Indian journal of veterinary science and animal husbandry - Volume 5,
Year: 1935
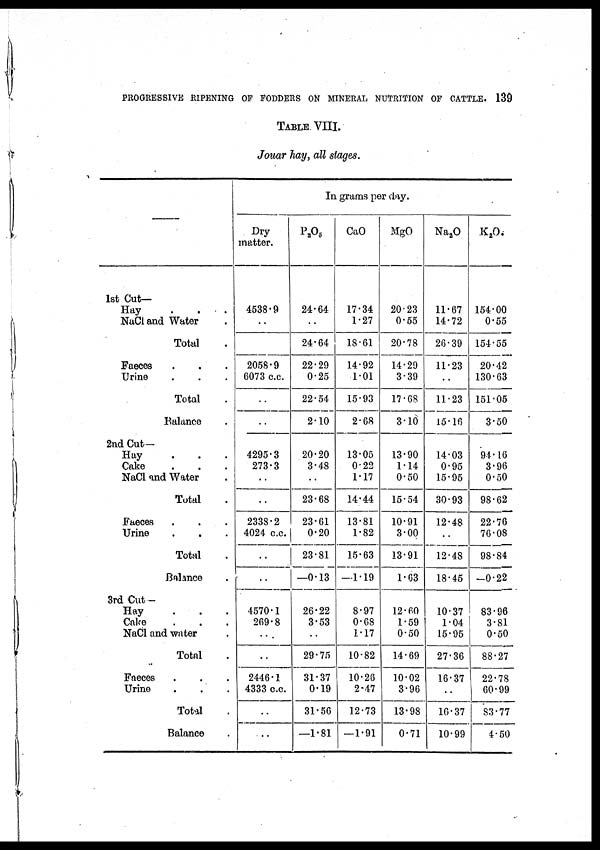
PROGRESSIVE RIPENING OF FODDERS ON MINERAL NUTRITION OF CATTLE. 139
TABLE VIII.
Jouar hay, all stages.
—
1st Cut—
Hay
.
.
.
NaCl and Water .
Total .
Faeces . . .
Urine . . .
Total .
Balance .
2nd Cut—
Hay
.
.
.
Cake . . .
NaCl and Water .
Total .
Faeces . . .
Urine . . .
Total .
Balance .
3rd Cut —
Hay
.
.
.
Cake . . .
NaCl and water .
Total .
Faeces . . .
Urine . . .
Total .
Balance .
In grams per day.
Dry
matter.
4538.9
..
2058.9
6073 c.c.
..
..
4295.3
273.3
..
..
2338.2
4024 c.c.
..
..
4570.1
269.8
...
..
2446.1
4333 c.c.
..
P 2 O 5
24.64
..
24.64
22.29
0.25
22.54
2.10
20.20
3.48
..
23.68
23.61
0.20
23.81
—0.13
26.22
3.53
..
29.75
31.37
0.19
31.56
—1.81
CaO
17.34
1.27
18.61
14.92
1.01
15.93
2.68
13.05
0.22
1.17
14.44
13.81
1.82
15.63
—1.19
8.97
0.68
1.17
10.82
10.28
2.47
12.73
—1.91
MgO
20.23
0.55
20.78
14.29
3.39
17.68
3.10
13.90
1.14
0.50
15.54
10.91
3.00
13.91
1.63
12.60
1.59
0.50
14.69
10.02
3.96
13.98
0.71
Na 2 O
11.67
14.72
26.39
11.23
..
11.23
15.16
14.03
0.95
15.95
30.93
12.48
..
12.48
18.45
10.37
1.04
15.95
27.36
16.37
10.37
10.99
K 2 O.
154.00
0.55
154.55
20.42
130.63
151.05
3.50
94.16
3.96
0.50
98.62
22.76
76.08
98.84
—0.22
83.96
3.81
0.50
88.27
22.78
60.99
83.77
4.50